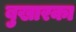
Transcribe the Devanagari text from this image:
बुखारका